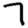
Digit: 7